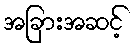
အခြားအဆင့်